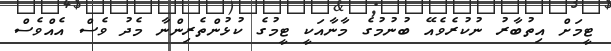
ޓީމަށް އިތުބާރު ނުކުރެވެއޭ ބުނުމުގެ މާނާއަކީ ޓީމުގެ ކުޅުންތެރިންނާ މެދު ވެސް އެއްވެސް